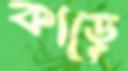
কাড়ে